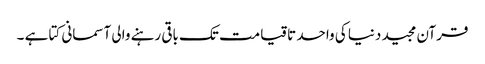
قرآن مجید دنیا کی واحد تاقیامت تک باقی رہنے والی آسمانی کتا ہے ۔